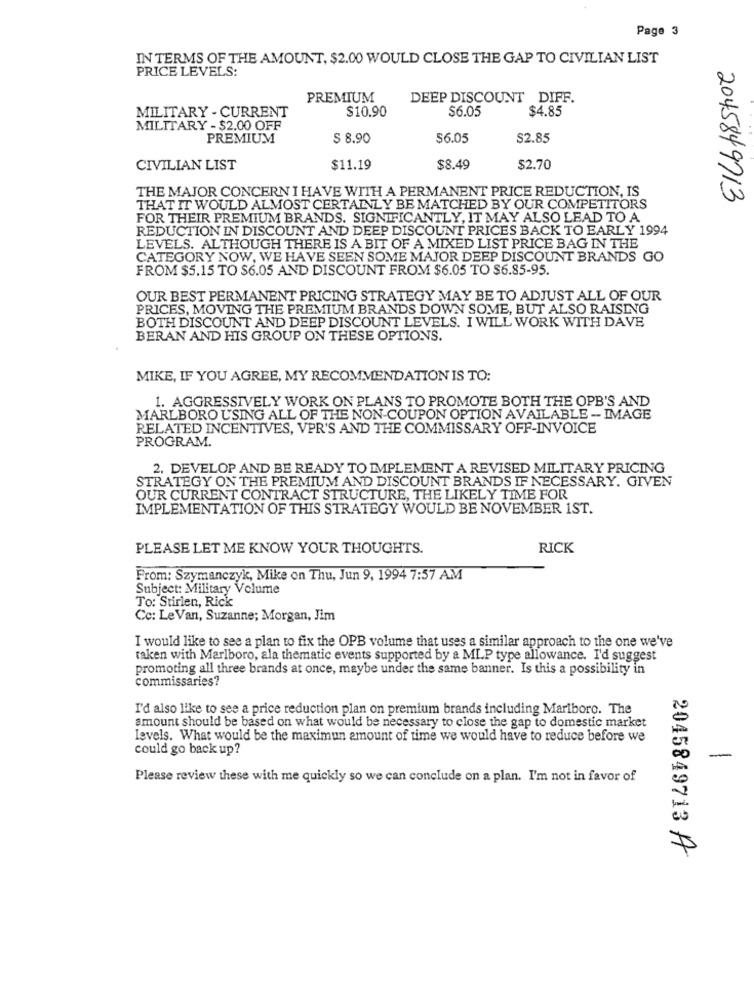
Page 3
IN TERMS OF THE AMOUNT, $2.00 WOULD CLOSE THE GAP TO CIVILIAN LIST
PRICE LEVELS:
PREMIUM
DEEP DISCOUNT DIFF.
MILITARY - CURRENT
$10.90
$6.05
$4.85
MILITARY - $2.00 OFF
PREMIUM
$ 8.90
$6.05
$2.85
CIVILIAN LIST
$11.19
$8.49
$2.70
THE MAJOR CONCERN I HAVE WITH A PERMANENT PRICE REDUCTION, IS
2045849713
THAT IT WOULD ALMOST CERTAINLY BE MATCHED BY OUR COMPETITORS
FOR THEIR PREMIUM BRANDS. SIGNIFICANTLY, IT MAY ALSO LEAD TO A
REDUCTION IN DISCOUNT AND DEEP DISCOUNT PRICES BACK TO EARLY 1994
LEVELS. ALTHOUGH THERE IS A BIT OF A MIXED LIST PRICE BAG IN THE
CATEGORY NOW, WE HAVE SEEN SOME MAJOR DEEP DISCOUNT BRANDS GO
FROM $5.15 TO $6.05 AND DISCOUNT FROM $6.05 TO $6.85-95.
OUR BEST PERMANENT PRICING STRATEGY MAY BE TO ADJUST ALL OF OUR
PRICES, MOVING THE PREMIUM BRANDS DOWN SOME, BUT ALSO RAISING
BOTH DISCOUNT AND DEEP DISCOUNT LEVELS. I WILL WORK WITH DAVE
BERAN AND HIS GROUP ON THESE OPTIONS.
MIKE, IF YOU AGREE, MY RECOMMENDATION IS TO:
1. AGGRESSIVELY WORK ON PLANS TO PROMOTE BOTH THE OPB'S AND
MARLBORO USING ALL OF THE NON-COUPON OPTION AVAILABLE - IMAGE
RELATED INCENTIVES, VPR'S AND THE COMMISSARY OFF-INVOICE
PROGRAM.
2. DEVELOP AND BE READY TO IMPLEMENT A REVISED MILITARY PRICING
STRATEGY ON THE PREMIUM AND DISCOUNT BRANDS IF NECESSARY. GIVEN
OUR CURRENT CONTRACT STRUCTURE, THE LIKELY TIME FOR
IMPLEMENTATION OF THIS STRATEGY WOULD BE NOVEMBER 1ST.
PLEASE LET ME KNOW YOUR THOUGHTS.
RICK
From: Szymanczyk, Mike on Thu, Jun 9, 1994 7:57 AM
Subject: Military Volume
To: Stirlen, Rick
Co: Le Van, Suzanne; Morgan, Jim
I would like to see a plan to fix the OPB volume that uses a similar approach to the one we've
taken with Marlboro, ala thematic events supported by a MLP type allowance. I'd suggest
promoting all three brands at once, maybe under the same banner. Is this a possibility in
commissaries?
I'd also like to see a price reduction plan on premium brands including Marlboro. The
amount should be based on what would be necessary to close the gap to domestic market
levels. What would be the maximum amount of time we would have to reduce before we
could go back up?
Please review these with me quickly so we can conclude on a plan. I'm not in favor of
2045849713 A